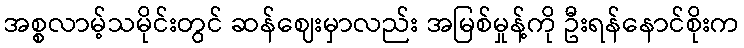
အစ္စလာမ့်သမိုင်းတွင် ဆန်ဈေးမှာလည်း အမြစ်မှုန့်ကို ဦးရန်နောင်စိုးက